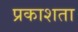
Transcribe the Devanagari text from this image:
प्रकाशता